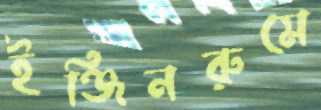
ইঞ্জিনরুমে